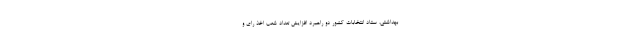
بهداشتی، ستاد انتخابات کشور دو راهبرد افزایش تعداد شعب اخذ رای و